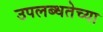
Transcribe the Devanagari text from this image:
उपलब्धतेच्या